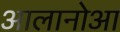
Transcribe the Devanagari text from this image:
आलानोआ